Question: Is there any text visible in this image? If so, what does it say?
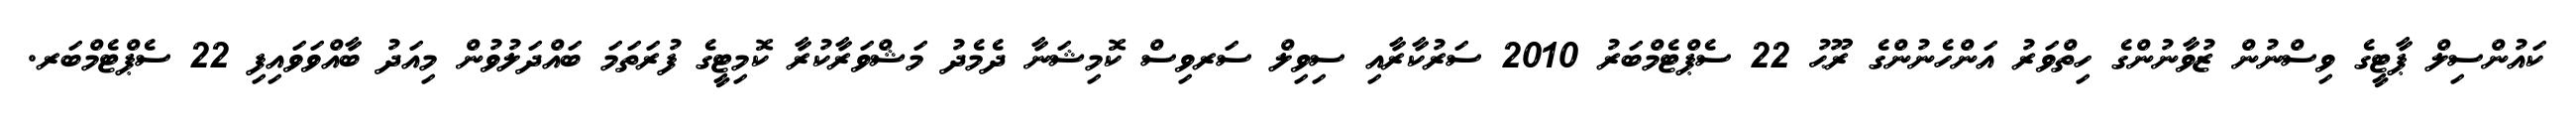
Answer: ކައުންސިލް ޕާޓީގެ ވިސްނުން ޒުވާނުންގެ ހިތްވަރު އަންހެނުންގެ ރޫޙު 22 ސެޕްޓެމްބަރު 2010 ސަރުކާރާއި ސިވިލް ސަރވިސް ކޮމިޝަނާ ދެމެދު މަޝްވަރާކުރާ ކޮމިޓީގެ ފުރަތަމަ ބައްދަލުވުން މިއަދު ބާއްވަވައިފި 22 ސެޕްޓެމްބަރ.